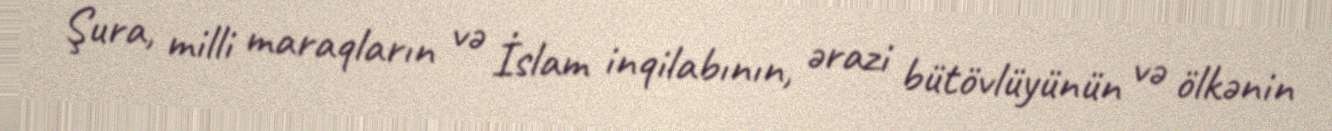
Şura, milli maraqların və İslam inqilabının, ərazi bütövlüyünün və ölkənin